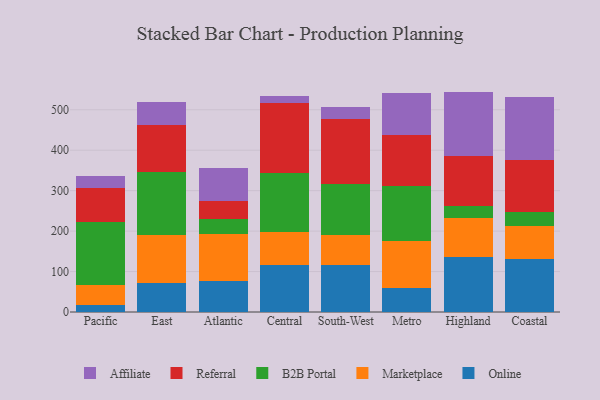
{"axis": {"x": "Region", "y": "Headcount"}, "legend": ["Affiliate", "B2B Portal", "Marketplace", "Online", "Referral"], "data": [{"x": "Pacific", "y": 18.3, "type": "Online"}, {"x": "Pacific", "y": 48.1, "type": "Marketplace"}, {"x": "Pacific", "y": 155.8, "type": "B2B Portal"}, {"x": "Pacific", "y": 84.2, "type": "Referral"}, {"x": "Pacific", "y": 29.5, "type": "Affiliate"}, {"x": "East", "y": 70.9, "type": "Online"}, {"x": "East", "y": 118.6, "type": "Marketplace"}, {"x": "East", "y": 157.8, "type": "B2B Portal"}, {"x": "East", "y": 114.7, "type": "Referral"}, {"x": "East", "y": 56.1, "type": "Affiliate"}, {"x": "Atlantic", "y": 75.7, "type": "Online"}, {"x": "Atlantic", "y": 118.2, "type": "Marketplace"}, {"x": "Atlantic", "y": 35.6, "type": "B2B Portal"}, {"x": "Atlantic", "y": 44.2, "type": "Referral"}, {"x": "Atlantic", "y": 82.8, "type": "Affiliate"}, {"x": "Central", "y": 117.0, "type": "Online"}, {"x": "Central", "y": 80.9, "type": "Marketplace"}, {"x": "Central", "y": 146.4, "type": "B2B Portal"}, {"x": "Central", "y": 171.3, "type": "Referral"}, {"x": "Central", "y": 18.8, "type": "Affiliate"}, {"x": "South-West", "y": 115.4, "type": "Online"}, {"x": "South-West", "y": 74.2, "type": "Marketplace"}, {"x": "South-West", "y": 127.6, "type": "B2B Portal"}, {"x": "South-West", "y": 160.9, "type": "Referral"}, {"x": "South-West", "y": 28.1, "type": "Affiliate"}, {"x": "Metro", "y": 59.9, "type": "Online"}, {"x": "Metro", "y": 116.3, "type": "Marketplace"}, {"x": "Metro", "y": 134.7, "type": "B2B Portal"}, {"x": "Metro", "y": 125.6, "type": "Referral"}, {"x": "Metro", "y": 105.6, "type": "Affiliate"}, {"x": "Highland", "y": 136.5, "type": "Online"}, {"x": "Highland", "y": 95.6, "type": "Marketplace"}, {"x": "Highland", "y": 28.9, "type": "B2B Portal"}, {"x": "Highland", "y": 123.8, "type": "Referral"}, {"x": "Highland", "y": 160.1, "type": "Affiliate"}, {"x": "Coastal", "y": 131.7, "type": "Online"}, {"x": "Coastal", "y": 82.1, "type": "Marketplace"}, {"x": "Coastal", "y": 33.1, "type": "B2B Portal"}, {"x": "Coastal", "y": 128.4, "type": "Referral"}, {"x": "Coastal", "y": 155.5, "type": "Affiliate"}]}